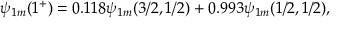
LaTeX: \psi _ { 1 m } ( 1 ^ { + } ) = 0 . 1 1 8 \psi _ { 1 m } ( 3 / 2 , 1 / 2 ) + 0 . 9 9 3 \psi _ { 1 m } ( 1 / 2 , 1 / 2 ) ,